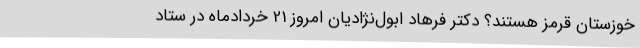
خوزستان قرمز هستند؟ دکتر فرهاد ابول‌نژادیان امروز 21 خردادماه در ستاد